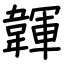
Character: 韗